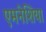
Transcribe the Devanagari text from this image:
एमनेशिया